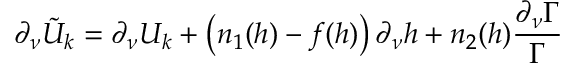
\partial _ { \nu } \tilde { U } _ { k } = \partial _ { \nu } U _ { k } + \left( n _ { 1 } ( h ) - f ( h ) \right) \partial _ { \nu } h + n _ { 2 } ( h ) \frac { \partial _ { \nu } \Gamma } { \Gamma }